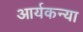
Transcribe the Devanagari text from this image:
आर्यकन्या